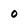
Character: 0